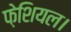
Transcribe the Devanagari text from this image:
फ़ेशियल।